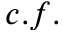
c . f .